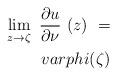
LaTeX: \begin{align*} \lim\limits_{z\to\zeta}\ \frac{\partial u}{\partial \nu}\ (z)\ =\\varphi(\zeta)\end{align*}